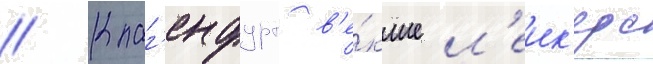
// Клаг'енфурт в'е́кше л'еик'ерс